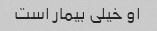
او خیلی بیمار است